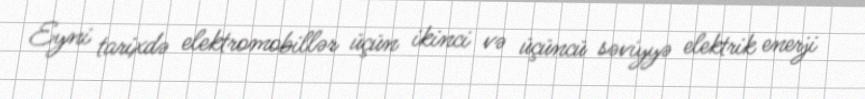
Eyni tarixdə elektromobillər üçün ikinci və üçüncü səviyyə elektrik enerji